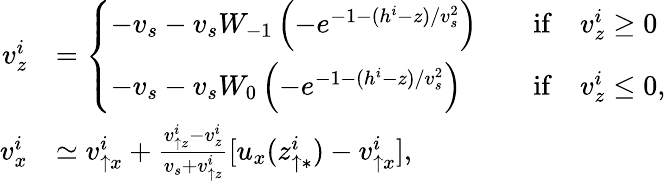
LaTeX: \begin{array}{rl}{v_{z}^{i}}&{=\left\{ \begin{array}{ll}{-v_{s}-v_{s}W_{-1}\left(-e^{-1-(h^{i}-z)/v_{s}^{2}}\right)}&{\quad\mathrm{if}\quad v_{z}^{i}\geq 0}\\ {-v_{s}-v_{s}W_{0}\left(-e^{-1-(h^{i}-z)/v_{s}^{2}}\right)}&{\quad\mathrm{if}\quad v_{z}^{i}\leq 0,}\end{array}\right.}\\ {v_{x}^{i}}&{\simeq v_{\uparrow x}^{i}+\frac{v_{\uparrow z}^{i}-v_{z}^{i}}{v_{s}+v_{\uparrow z}^{i}}[u_{x}(z_{\uparrow\ast}^{i})-v_{\uparrow x}^{i}],}\end{array}